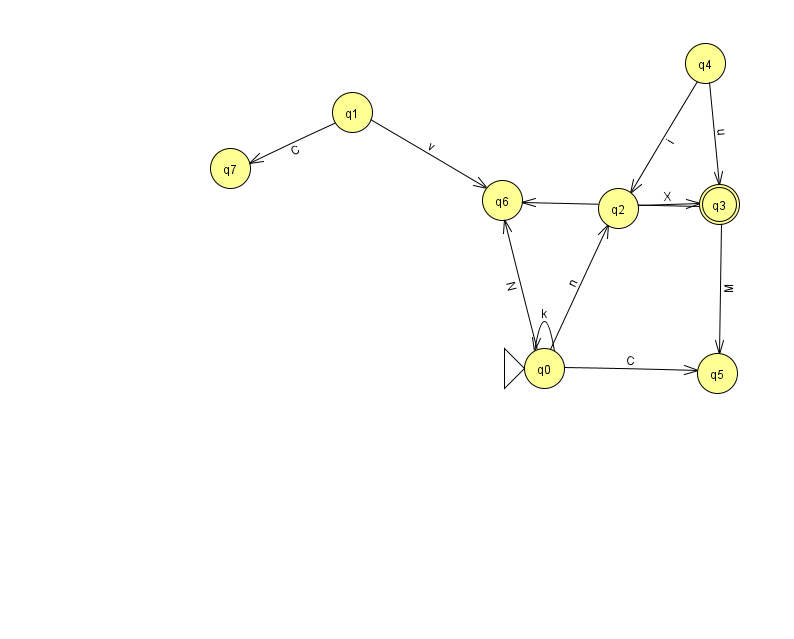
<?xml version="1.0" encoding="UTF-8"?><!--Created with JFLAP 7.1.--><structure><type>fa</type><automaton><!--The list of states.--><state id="0" name="q0"><x>544.0</x><y>355.0</y><initial/></state><state id="1" name="q1"><x>352.0</x><y>99.0</y></state><state id="2" name="q2"><x>618.0</x><y>195.0</y></state><state id="3" name="q3"><x>719.0</x><y>191.0</y><final/></state><state id="4" name="q4"><x>705.0</x><y>50.0</y></state><state id="5" name="q5"><x>717.0</x><y>360.0</y></state><state id="6" name="q6"><x>502.0</x><y>187.0</y></state><state id="7" name="q7"><x>230.0</x><y>155.0</y></state><!--The list of transitions.--><transition><from>2</from><to>3</to><read>X</read></transition><transition><from>4</from><to>2</to><read>i</read></transition><transition><from>3</from><to>6</to><read>J</read></transition><transition><from>4</from><to>3</to><read>u</read></transition><transition><from>0</from><to>2</to><read>n</read></transition><transition><from>0</from><to>5</to><read>C</read></transition><transition><from>0</from><to>6</to><read>N</read></transition><transition><from>3</from><to>5</to><read>M</read></transition><transition><from>0</from><to>0</to><read>k</read></transition><transition><from>1</from><to>6</to><read>v</read></transition><transition><from>1</from><to>7</to><read>C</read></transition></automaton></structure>